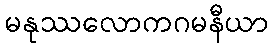
မနုဿလောကဂမနီယာ